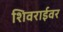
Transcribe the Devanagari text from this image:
शिवराईवर